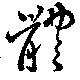
体